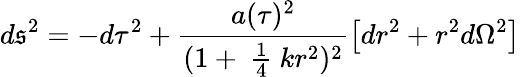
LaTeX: d\mathfrak{s}^{2}=-d\tau^{2}+\frac{{a(\tau)^{2}}}{{(1+\mathrm{{~\frac{{1}}{{4}}~}}kr^{2})^{2}}}\left[dr^{2}+r^{2}d\Omega^{2}\right]